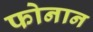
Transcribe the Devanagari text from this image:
फोनान